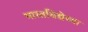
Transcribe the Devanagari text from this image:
भारतविद्येच्या